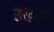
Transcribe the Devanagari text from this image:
उखड़।